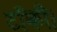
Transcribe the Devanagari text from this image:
टाँकी।